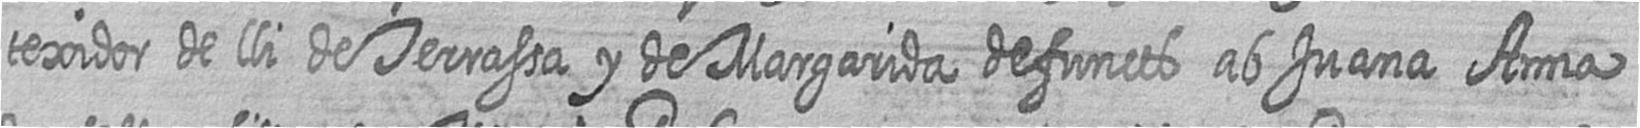
texidor de lli de Terrassa y de Margarida defuncts ab Juana Anna